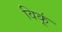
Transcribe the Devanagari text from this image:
विकूं